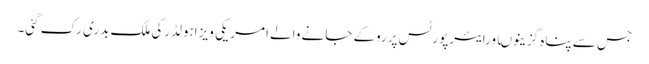
جس سے پناہ گزینوںاورایئرپورٹس پرروکے جانے والے امریکی ویزاہولڈرکی ملک بدری رک گئی۔